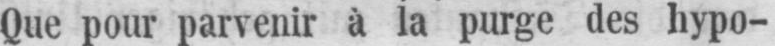
Que pour parvenir à la purge des hypo-